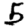
Digit: 5